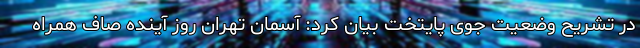
در تشریح وضعیت جوی پایتخت بیان کرد: آسمان تهران روز آینده صاف همراه